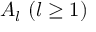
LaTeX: A _ { l } \ ( l \geq 1 )